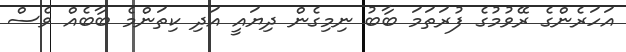
އަހަރެންގެ ރޭވުމުގެ ފުރަތަމަ ބާބު ނިމިގެން ދިޔައީ އަދި ކިތަންމެ ބާބެއް ވެސް